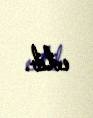
edib.